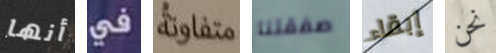
أنها في متفاوتة صفقتنا إبقاء نحن